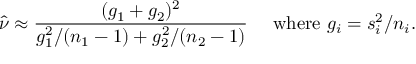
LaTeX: { \hat { \nu } } \approx { \frac { ( g _ { 1 } + g _ { 2 } ) ^ { 2 } } { g _ { 1 } ^ { 2 } / ( n _ { 1 } - 1 ) + g _ { 2 } ^ { 2 } / ( n _ { 2 } - 1 ) } } \quad { \mathrm { ~ w h e r e ~ } } g _ { i } = s _ { i } ^ { 2 } / n _ { i } .